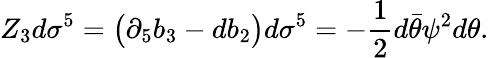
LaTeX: Z_{3}d\sigma^{5}=\big(\partial_{5}b_{3}-db_{2}\big)d\sigma^{5}=-{\frac{1}{2}}d\bar{\theta}\psi^{2}d\theta.